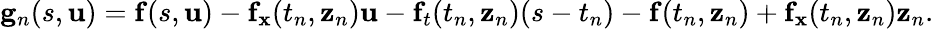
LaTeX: \mathbf{g}_{n}(s,\mathbf{u})=\mathbf{f}(s,\mathbf{u})-\mathbf{f}_{\mathbf{x}}(t_{n},\mathbf{z}_{n})\mathbf{u}-\mathbf{f}_{t}(t_{n},\mathbf{z}_{n})(s-t_{n})-\mathbf{f}(t_{n},\mathbf{z}_{n})+\mathbf{f}_{\mathbf{x}}(t_{n},\mathbf{z}_{n})\mathbf{z}_{n}.